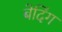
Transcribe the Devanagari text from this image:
बेदिंग